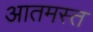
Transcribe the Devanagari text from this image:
आतमस्त